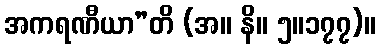
အကရဏီယာ”တိ (အ။ နိ။ ၅။၁၇၇)။